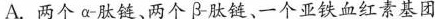
A.两个α肽链、两个β肽链、一个亚铁血红素基团